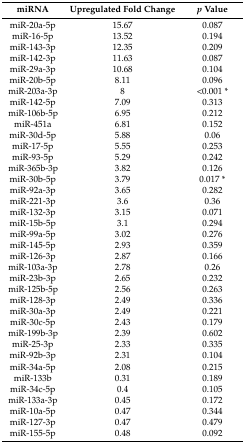
<table><thead><tr><td><b>miRNA</b></td><td><b>Upregulated Fold Change</b></td><td><b><i>p</i> Value</b></td></tr></thead><tbody><tr><td>miR-20a-5p</td><td>15.67</td><td>0.087</td></tr><tr><td>miR-16-5p</td><td>13.52</td><td>0.194</td></tr><tr><td>miR-143-3p</td><td>12.35</td><td>0.209</td></tr><tr><td>miR-142-3p</td><td>11.63</td><td>0.087</td></tr><tr><td>miR-29a-3p</td><td>10.68</td><td>0.104</td></tr><tr><td>miR-20b-5p</td><td>8.11</td><td>0.096</td></tr><tr><td>miR-203a-3p</td><td>8</td><td>&lt;0.001 *</td></tr><tr><td>miR-142-5p</td><td>7.09</td><td>0.313</td></tr><tr><td>miR-106b-5p</td><td>6.95</td><td>0.212</td></tr><tr><td>miR-451a</td><td>6.81</td><td>0.152</td></tr><tr><td>miR-30d-5p</td><td>5.88</td><td>0.06</td></tr><tr><td>miR-17-5p</td><td>5.55</td><td>0.253</td></tr><tr><td>miR-93-5p</td><td>5.29</td><td>0.242</td></tr><tr><td>miR-365b-3p</td><td>3.82</td><td>0.126</td></tr><tr><td>miR-30b-5p</td><td>3.79</td><td>0.017 *</td></tr><tr><td>miR-92a-3p</td><td>3.65</td><td>0.282</td></tr><tr><td>miR-221-3p</td><td>3.6</td><td>0.36</td></tr><tr><td>miR-132-3p</td><td>3.15</td><td>0.071</td></tr><tr><td>miR-15b-5p</td><td>3.1</td><td>0.294</td></tr><tr><td>miR-99a-5p</td><td>3.02</td><td>0.276</td></tr><tr><td>miR-145-5p</td><td>2.93</td><td>0.359</td></tr><tr><td>miR-126-3p</td><td>2.87</td><td>0.166</td></tr><tr><td>miR-103a-3p</td><td>2.78</td><td>0.26</td></tr><tr><td>miR-23b-3p</td><td>2.65</td><td>0.232</td></tr><tr><td>miR-125b-5p</td><td>2.56</td><td>0.263</td></tr><tr><td>miR-128-3p</td><td>2.49</td><td>0.336</td></tr><tr><td>miR-30a-3p</td><td>2.49</td><td>0.221</td></tr><tr><td>miR-30c-5p</td><td>2.43</td><td>0.179</td></tr><tr><td>miR-199b-3p</td><td>2.39</td><td>0.602</td></tr><tr><td>miR-25-3p</td><td>2.33</td><td>0.335</td></tr><tr><td>miR-92b-3p</td><td>2.31</td><td>0.104</td></tr><tr><td>miR-34a-5p</td><td>2.08</td><td>0.215</td></tr><tr><td>miR-133b</td><td>0.31</td><td>0.189</td></tr><tr><td>miR-34c-5p</td><td>0.4</td><td>0.105</td></tr><tr><td>miR-133a-3p</td><td>0.45</td><td>0.172</td></tr><tr><td>miR-10a-5p</td><td>0.47</td><td>0.344</td></tr><tr><td>miR-127-3p</td><td>0.47</td><td>0.479</td></tr><tr><td>miR-155-5p</td><td>0.48</td><td>0.092</td></tr></tbody></table>